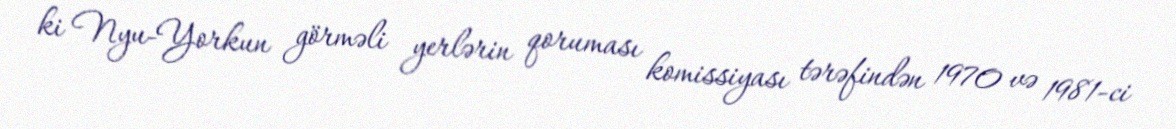
ki Nyu-Yorkun görməli yerlərin qoruması komissiyası tərəfindən 1970 və 1981-ci